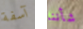
آسفة شأننا